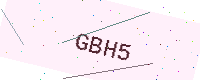
Text: GBH5